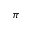
\pi